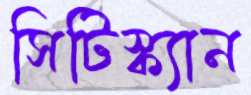
সিটিস্ক্যান